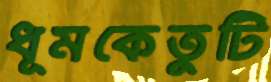
ধূমকেতুটি